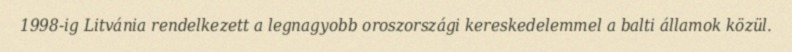
1998-ig Litvánia rendelkezett a legnagyobb oroszországi kereskedelemmel a balti államok közül.